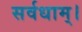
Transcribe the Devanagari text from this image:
सर्वधाम्‌।